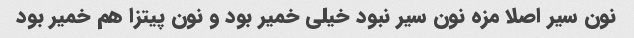
نون سیر اصلا مزه نون سیر نبود خیلی خمیر بود و نون پیتزا هم خمیر بود